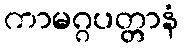
ကာမဂ္ဂပတ္တာနံ